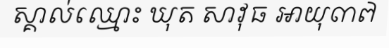
ស្គាល់ឈ្មោះ ឃុត សាវុធ អាយុ៣៧